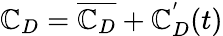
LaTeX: \mathbb{C}_{D}=\overline{{{\mathbb{C}_{D}}}}+\mathbb{C}_{D}^{'}(t)